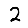
Digit: 2